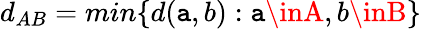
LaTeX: d_{AB}=min\{ d(\mathtt{a},b):\mathtt{a}\inA,b\inB\}